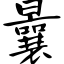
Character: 曩